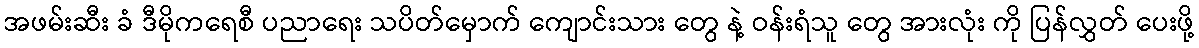
အဖမ်းဆီး ခံ ဒီမိုကရေစီ ပညာရေး သပိတ်မှောက် ကျောင်းသား တွေ နဲ့ ဝန်းရံသူ တွေ အားလုံး ကို ပြန်လွှတ် ပေးဖို့